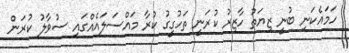
ހަމައެކަނި ބުނީ ޒިޔަތު ހާޒިރު ކުރަނީ ތަހުގީގު ކުރާ މައްސަލައެއްގައި ސުވާލު ކުރަން